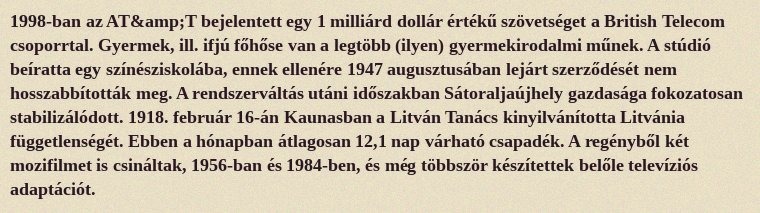
1998-ban az AT&amp;T bejelentett egy 1 milliárd dollár értékű szövetséget a British Telecom csoporrtal. Gyermek, ill. ifjú főhőse van a legtöbb (ilyen) gyermekirodalmi műnek. A stúdió beíratta egy színésziskolába, ennek ellenére 1947 augusztusában lejárt szerződését nem hosszabbították meg. A rendszerváltás utáni időszakban Sátoraljaújhely gazdasága fokozatosan stabilizálódott. 1918. február 16-án Kaunasban a Litván Tanács kinyilvánította Litvánia függetlenségét. Ebben a hónapban átlagosan 12,1 nap várható csapadék. A regényből két mozifilmet is csináltak, 1956-ban és 1984-ben, és még többször készítettek belőle televíziós adaptációt.